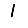
Digit: 1